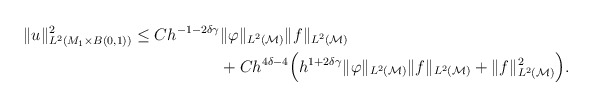
\begin{align*}\begin{aligned}\| u\|^2_{L^2(M_1 \times B(0,1))}\leq C h^{-1-2\delta \gamma}&\Vert \varphi \Vert_{L^2(\mathcal{M})} \Vert f \Vert_{L^2( \mathcal{M})}\\& + C h^{4\delta -4} \Bigl(h^{1+2 \delta \gamma}\Vert \varphi \Vert_{L^2(\mathcal{M})}\Vert f \Vert_{L^2(\mathcal{M})}+ \| f\|_{L^2(\mathcal{M})}^2\Bigr).\end{aligned}\end{align*}